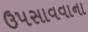
ઉપસાવવાના